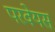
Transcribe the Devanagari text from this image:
परवेयर्स